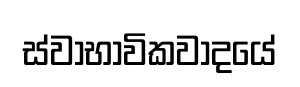
ස්වාභාවිකවාදයේ